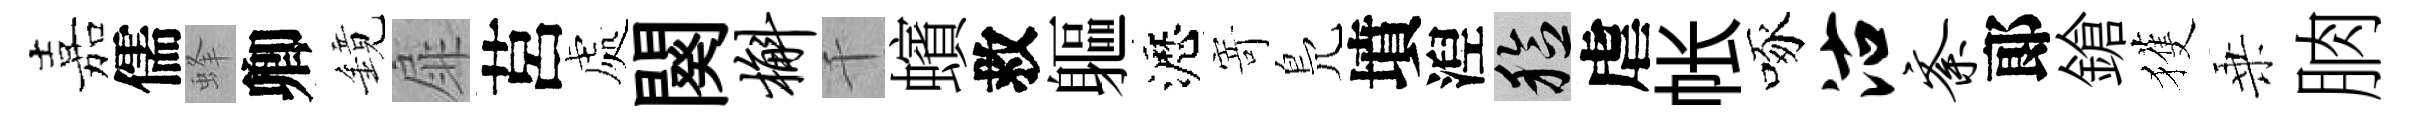
嘉儒蜂卿鏡扉莒處闋槲千蠙救軀瀝𭔃鳬墳湼稔虐帐啄沽紊郞鎗獲乗朒